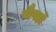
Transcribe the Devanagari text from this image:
चैपड़ों